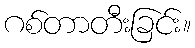
ဂစ်တာတီးခြင်း။